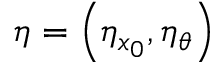
\eta = \left( \eta _ { x _ { 0 } } , \eta _ { \theta } \right)